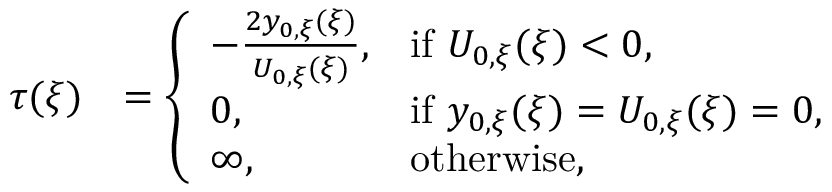
\begin{array} { r l } { \tau ( \xi ) } & { = \left\{ \begin{array} { l l } { - \frac { 2 y _ { 0 , \xi } ( \xi ) } { U _ { 0 , \xi } ( \xi ) } , } & { \mathrm { i f ~ } U _ { 0 , \xi } ( \xi ) < 0 , } \\ { 0 , } & { \mathrm { i f ~ } y _ { 0 , \xi } ( \xi ) = U _ { 0 , \xi } ( \xi ) = 0 , } \\ { \infty , } & { \mathrm { o t h e r w i s e } , } \end{array} \right. } \end{array}